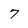
Character: 7